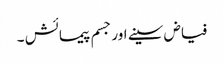
فیاض سینے اور جسم پیمائش ۔